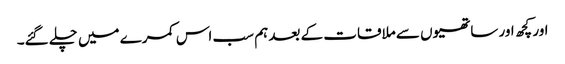
اور کچھ اور ساتھیوں سے ملاقات کے بعد ہم سب اس کمرے میں چلے گئے۔